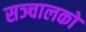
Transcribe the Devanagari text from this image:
सञ्चालकों